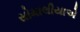
સોમાલીયાએ